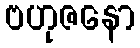
ဗဟုဇနော